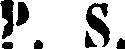
P. S.